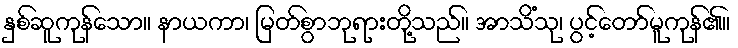
နှစ်ဆူကုန်သော။ နာယကာ၊ မြတ်စွာဘုရားတို့သည်။ အာသိံသု၊ ပွင့်တော်မူကုန်၏။